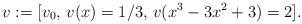
LaTeX: \begin{align*} v := [v_0,\, v(x)=1/3,\, v(x^3-3x^2+3) = 2].\end{align*}